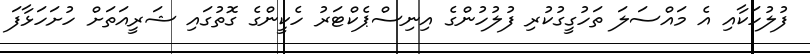
ފުލުހަކާއި އެ މައްސަލަ ތަހުގީގުކުރި ފުލުހުންގެ އިނިސްޕެކްޓަރު ހެކީންގެ ގޮތުގައި ޝަރީއަތަށް ހުށަހަޅާފަ